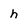
Character: h